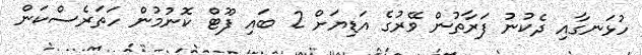
ހުޅަނގާއި ދެކުނު ފަރާތުން ވޭރުގެ އަޑިޔަށް 2 ބައި ފޫޓް ކޮނުމުން ހަތަރެސްކަން